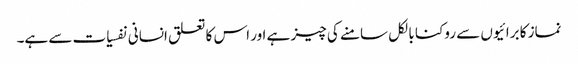
نماز کا برائیوں سے روکنا بالکل سامنے کی چیز ہے اور اس کا تعلق انسانی نفسیات سے ہے۔